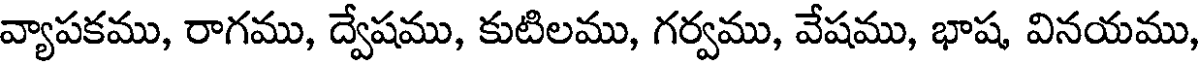
వ్యాపకము, రాగము, ద్వేషము, కుటిలము, గర్వము, వేషము, భాష వినయము,